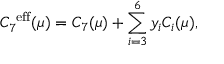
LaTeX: C _ { 7 } ^ { \mathrm { \scriptsize ~ e f f } } ( \mu ) = C _ { 7 } ( \mu ) + \sum _ { i = 3 } ^ { 6 } y _ { i } C _ { i } ( \mu ) ,